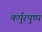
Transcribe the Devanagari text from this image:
कर्पुरपुष्प